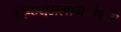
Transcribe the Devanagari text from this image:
व्हिज्युअलायझेशन